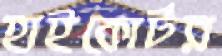
হাইকোর্টর